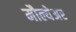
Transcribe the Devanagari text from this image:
मौल्येअर